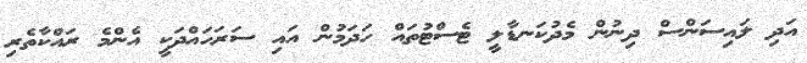
އަދި ލައިސަންސް ދިނުން މެދުކަނޑާލީ ޓެސްޓުތައް ހަދަމުން އައި ސަރަހައްދަކީ އެންމެ ރައްކާތެރި